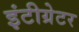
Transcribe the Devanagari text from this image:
इंटीग्रेटर